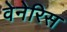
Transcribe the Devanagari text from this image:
वेनेरिस